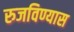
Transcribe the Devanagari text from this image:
रुजविण्यास